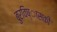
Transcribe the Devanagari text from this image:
बुरविष्ासकी